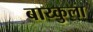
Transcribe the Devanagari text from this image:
बाय्कुला